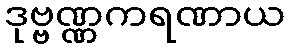
ဒုဗ္ဗဏ္ဏကရဏာယ